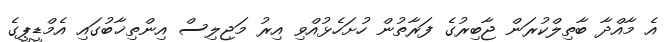
އެ މާއްދާ ބާތިލްކުރަން ޖާބިރުގެ ފަރާތުން ހުށަހެޅުއްވި އިރު މަޖިލިސް އިންތިޚާބުގައި އެމްޑީޕީގެ